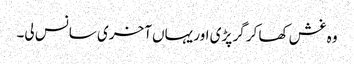
وہ غش کھا کر گر پڑی اور یہاں آخری سانس لی۔